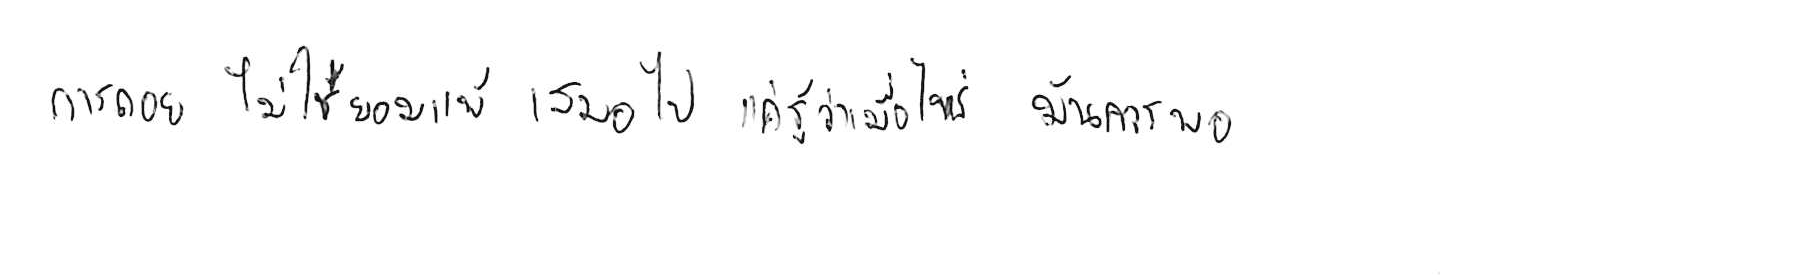
การถอย ไม่ใช่ยอมแพ้ เสมอไป แค่รู้ว่าเมื่อไหร่ มันควรพอ